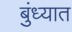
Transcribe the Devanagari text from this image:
बुंध्यात